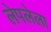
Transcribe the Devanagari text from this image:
लेपलेला